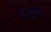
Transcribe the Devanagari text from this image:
थरम